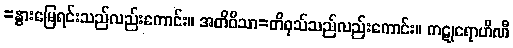
=နွားမြေရင်းသည်လည်းကောင်း။ အတိဝိသာ=တိဝုသ်သည်လည်းကောင်း။ ကဋုရောဟိဏီ